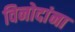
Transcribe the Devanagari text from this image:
विनोदांना